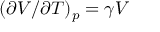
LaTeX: ( \partial V / \partial T ) _ { p } = \gamma V